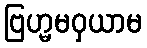
ဗြဟ္မမဝှယာမ